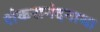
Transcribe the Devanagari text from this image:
शंकरानंदनाथा